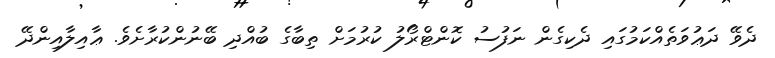
ދެވޭ ދަޢުވަތެއްކަމުގައި ދެކިގެން ނަފުސު ކޮންޓްރޯލު ކުރުމަށް ތިބާގެ ބުއްދި ބޭނުންކުރާށެވެ. ޢާއިލާއިންދޭ